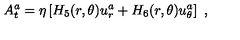
A _ { t } ^ { a } = \eta \left[ H _ { 5 } ( r , \theta ) u _ { r } ^ { a } + H _ { 6 } ( r , \theta ) u _ { \theta } ^ { a } \right] \ ,